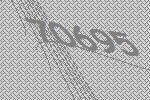
70695